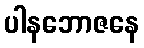
ပါနဘောဇနေ